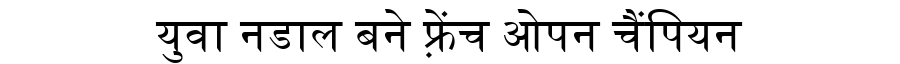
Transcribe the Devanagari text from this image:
युवा नडाल बने फ़्रेंच ओपन चैंपियन